Note on the mental hospitals in Burma - 1925-1940
Year: 1925
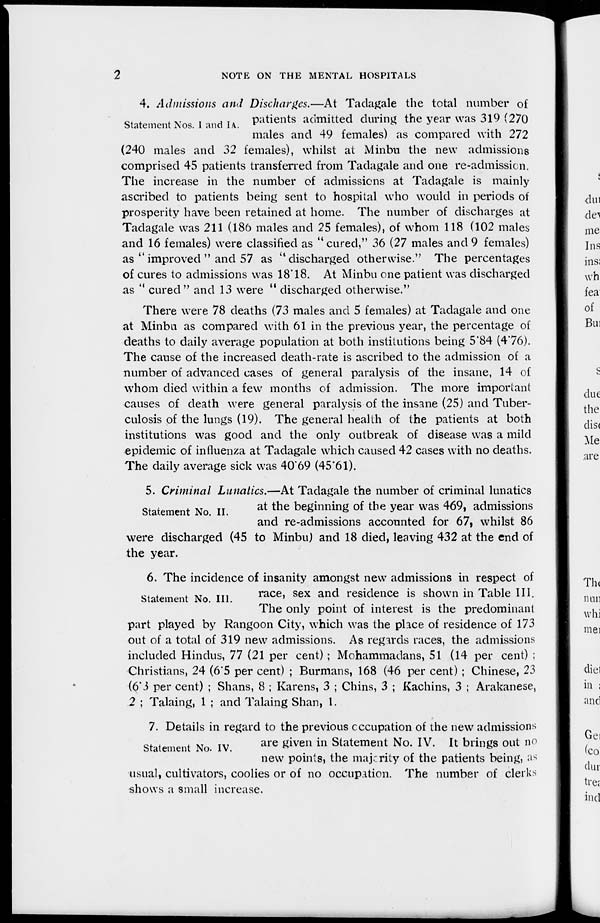
2
NOTE ON THE MENTAL HOSPITALS
Statement Nos. I and I A.
4. Admissions and Discharges.—At Tadagale the total number of
patients admitted during the year was 319 (270
males and 49 females) as compared with 272
(240 males and 32 females), whilst at Minbu the new admissions
comprised 45 patients transferred from Tadagale and one re-admission.
The increase in the number of admissions at Tadagale is mainly
ascribed to patients being sent to hospital who would in periods of
prosperity have been retained at home. The number of discharges at
Tadagale was 211 (186 males and 25 females), of whom 118 (102 males
and 16 females) were classified as " cured," 36 (27 males and 9 females)
as " improved " and 57 as "discharged otherwise." The percentages
of cures to admissions was 18.18. At Minbu one patient was discharged
as " cured" and 13 were " discharged otherwise."
There were 78 deaths (73 males and 5 females) at Tadagale and one
at Minbu as compared with 61 in the previous year, the percentage of
deaths to daily average population at both institutions being 5.84 (4.76).
The cause of the increased death-rate is ascribed to the admission of a
number of advanced cases of general paralysis of the insane, 14 of
whom died within a few months of admission. The more important
causes of death were general paralysis of the insane (25) and Tuber-
culosis of the lungs (19). The general health of the patients at both
institutions was good and the only outbreak of disease was a mild
epidemic of influenza at Tadagale which caused 42 cases with no deaths.
The daily average sick was 40.69 (45.61).
Statement No. II.
5. Criminal Lunatics.—At Tadagale the number of criminal lunatics
at the beginning of the year was 469, admissions
and re-admissions accounted for 67, whilst 86
were discharged (45 to Minbu) and 18 died, leaving 432 at the end of
the year.
Statement No. III.
6. The incidence of insanity amongst new admissions in respect of
race, sex and residence is shown in Table III.
The only point of interest is the predominant
part played by Rangoon City, which was the place of residence of 173
out of a total of 319 new admissions. As regards races, the admissions
included Hindus, 77 (21 per cent) ; Mohammadans, 51 (14 per cent) ;
Christians, 24 (6.5 per cent) ; Burmans, 168 (46 per cent) ; Chinese, 23
(6.3 per cent) ; Shans, 8 ; Karens, 3 ; Chins, 3 ; Kachins, 3 ; Arakanese,
2 ; Talaing, 1 ; and Talaing Shan, 1.
Statement No. IV.
7. Details in regard to the previous occupation of the new admissions
are given in Statement No. IV. It brings out no
new points, the majority of the patients being, as
usual, cultivators, coolies or of no occupation. The number of clerks
shows a small increase.